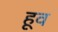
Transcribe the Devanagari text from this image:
हूव